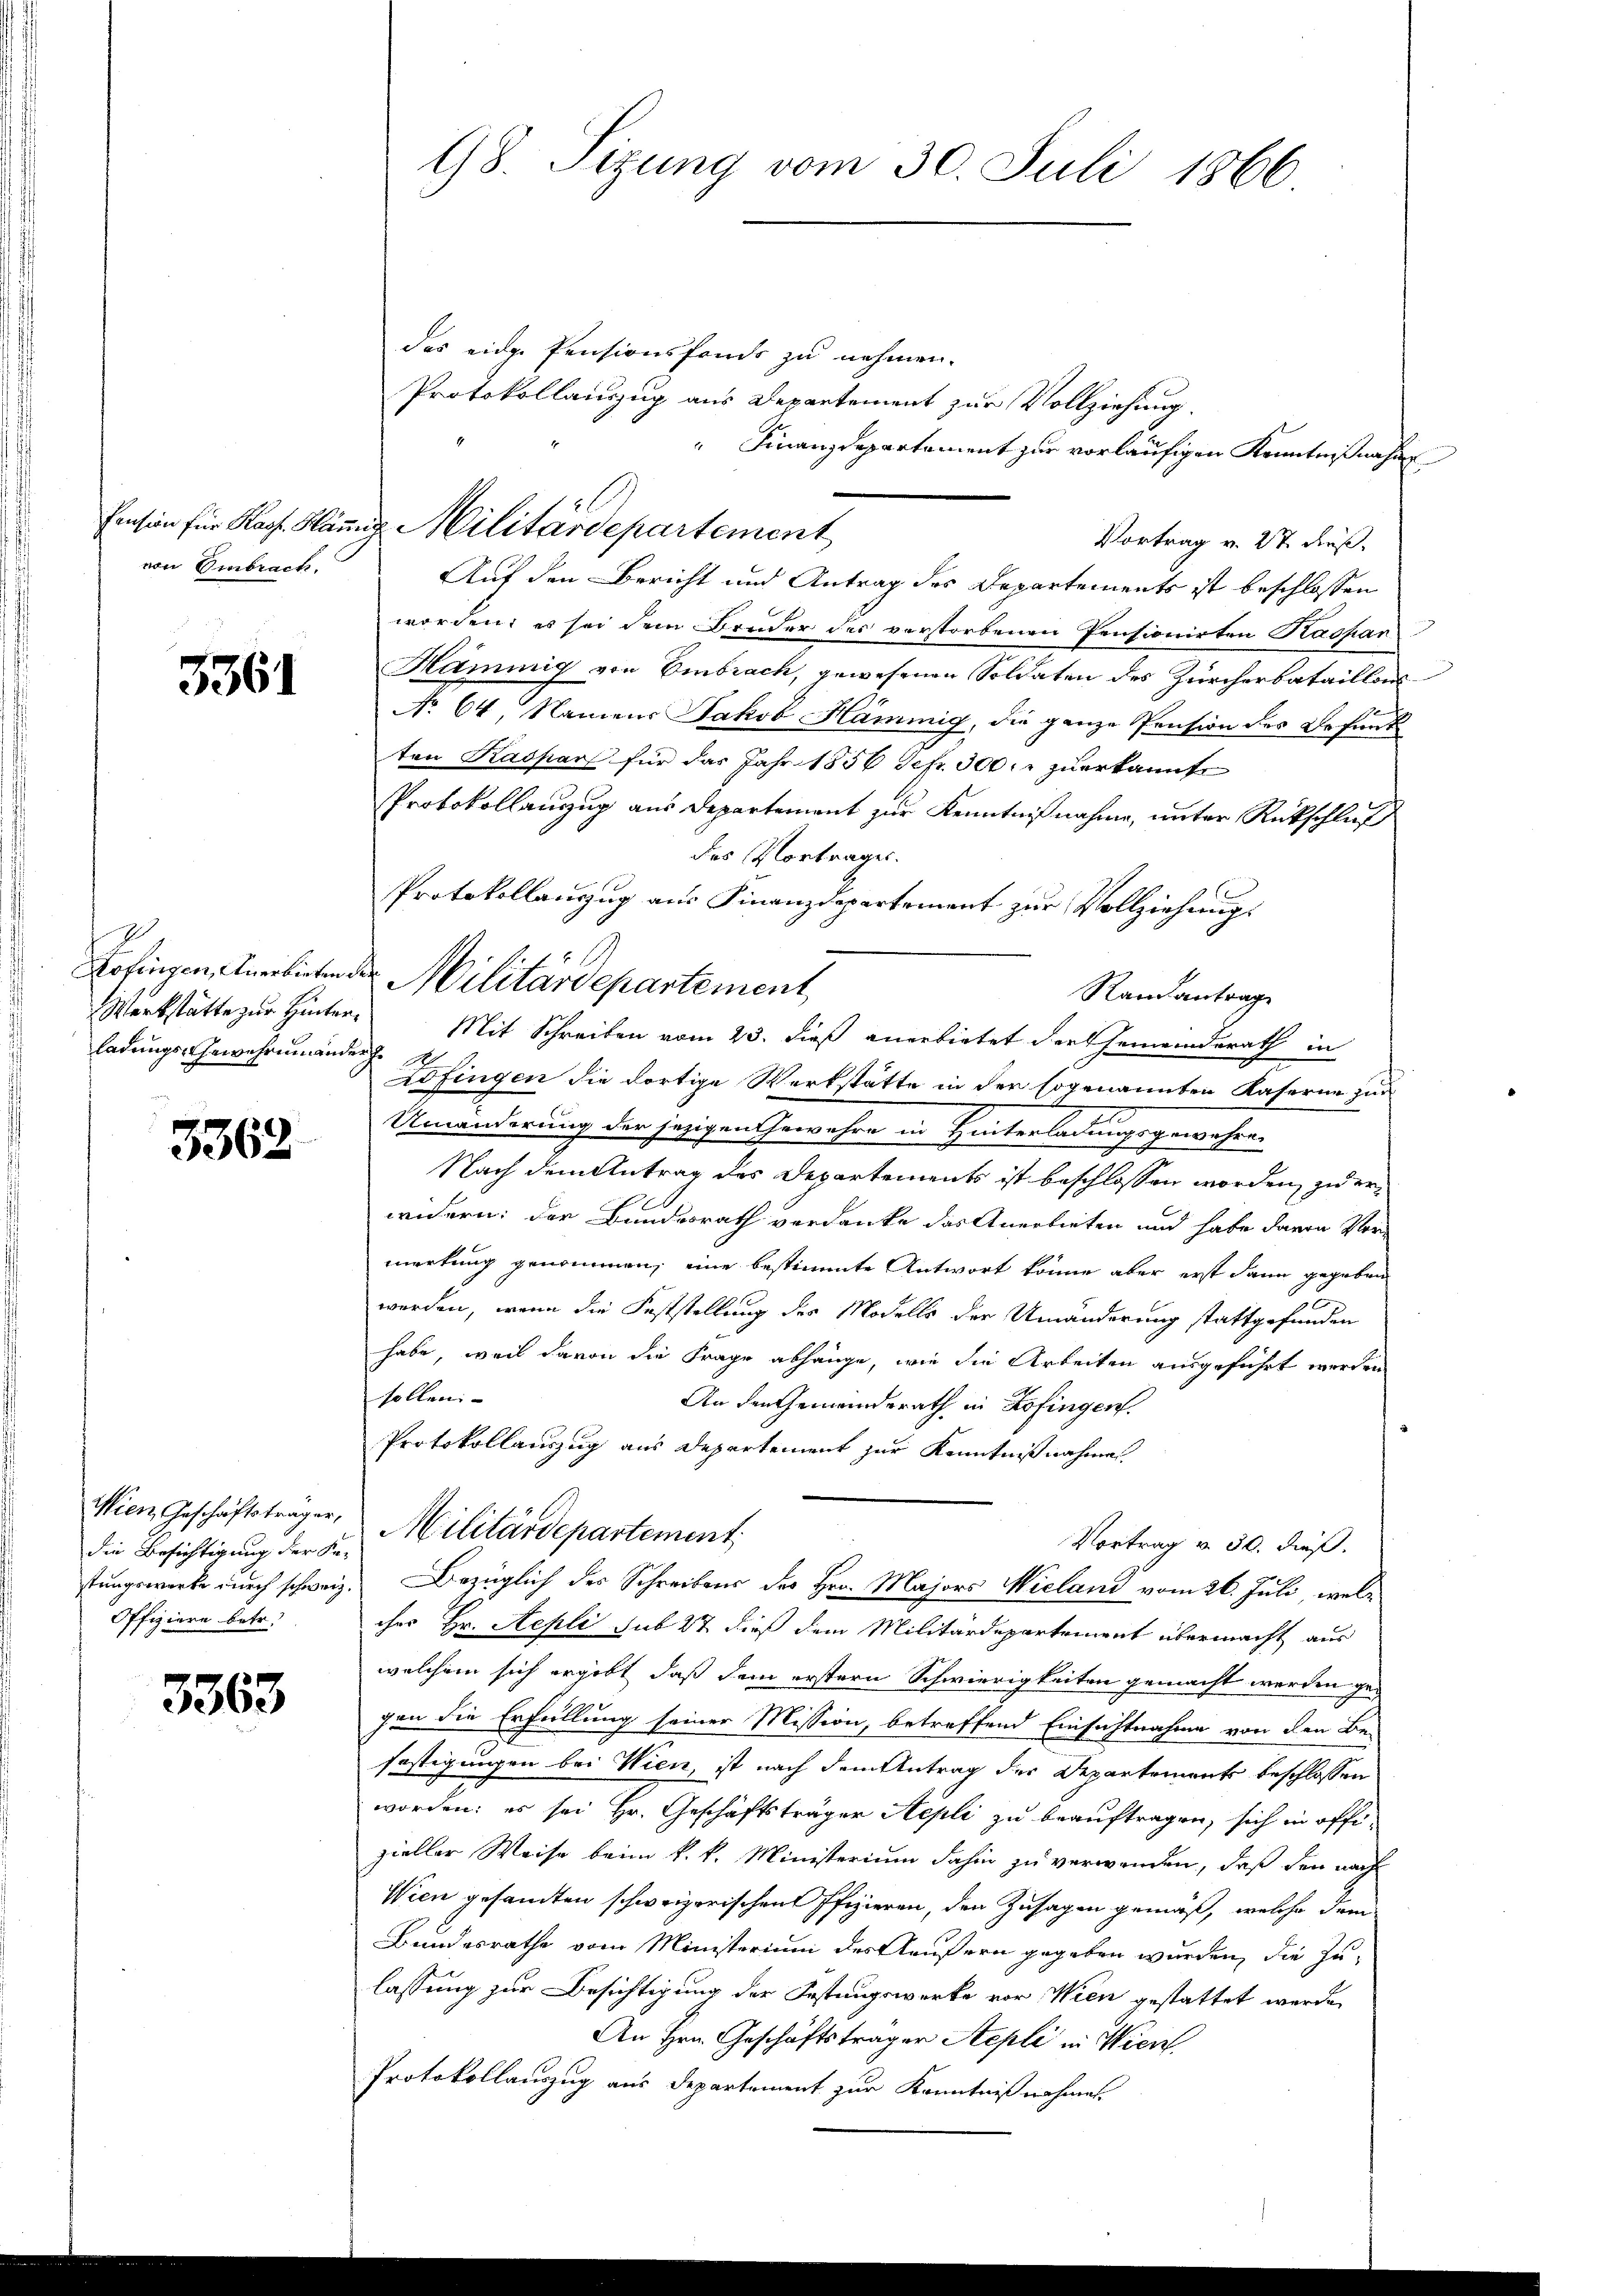
von Embrach.

3361

Werkstätte zur Hinterladungs-Gewehrninander

3362

Wien Geschäftsträger,
die Besichtigung der Ka-
Offiziere betr.

3363

das eidg. Pensionsfonds zu nehmen.
Protokollauszug aus Departement zur Vollziehung.
" Finanzdepartament zur vorläufigen Kenntnißnahme
Vortrag v. 27 Fuß.
Auf den Bericht und Antrag des Departements ist beschlossen
worden: es sei dem Bruder des verstorbenen Pensionirten Kaspar
Hammig von Embrach, gewesenen Soldaten des Zürcherbataillons
s
No 64, Namens Jakob Hammig, die ganze Pension des Befunk
ten Kaspar für das Jahr 1856 Sefr. 300 fr zuerkannte
Protokollanzug aus Departement zur Kenntnißnahme, unter Rückschluß
des Vortrages.
Protokollauszug aus Finanzdepartement zur Vollziehungs
Randantrage
Mit Schreiben vom 23. dieß anerbietet der Gemeinderath in
.
Afingen die dortige Werkstätte in der sogenannten Kaserne zur
Umänderung der jezigen Gewahre in Hinterladungsgewahre
Nach dem Antrag des Departements ist beschlossen worden, zu erwidern: der Bundesrath verdanke das Anerbieten und habe davon Vor-
merkung genommen, eine bestimmte Antwort könne aber erst dann gegeben
werden, wenn die Feststellung des Modells der Umänderung stattgefunden
habe, weil davon die Frage abhänge, wie die Arbeiten ausgeführt werden
sollen:
An den Gemeinderath in Zofingen
Protokollauszug aus Departement zur Kenntnißnahme
Militärdepartement
Vortrag v. 30. dieß.
stungswerke durch schweiz. Bezüglich des Schreibens des Hrn. Majors Wieland vom 26. Juli, welc
ches Hr. Aepli sub 27 dieß dem Militärdepartement übermacht aus
welchem sich ergibt, daß dem erstern Schwierigkeiten gemacht werden gegen die Erfüllung seiner Mission, betreffend Einsichtnahme von den Be-
festigungen bei Wien, ist nach dem Antrag des Departements beschlossen
worden; es sei Hr. Geschäftsträger Repli zu beauftragen, sich in offizieller Weise beim k. k. Ministerium dahin zu verwenden, daß den nach
Wien gesamten schweizerischen Pfizieren, den Zusagen gemäß, welche dem
Bundesrathe vom Ministerium des Aeußern gegeben wurden, die Zu-
lassung zur Besichtigung der Festungswerke vor Wien gestattet werde,
An Hrn. Geschäftsträger Stepli in Wien
Protokollauszug aus Departement zur Kenntnißnahmen.

98. Sizung vom 30. Juli 1866

Einsion für Kach. Hämig Militärdepartement

Zofingen, Anerbieten der Militärdepartement